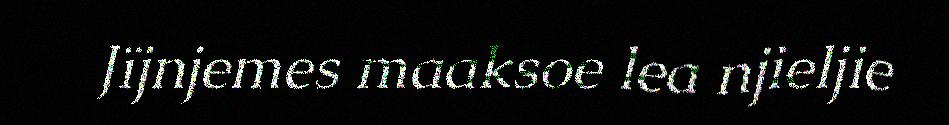
Jïjnjemes maaksoe lea njieljie